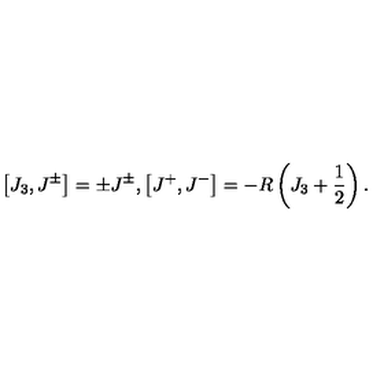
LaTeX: \left[ J _ { 3 } , J ^ { \pm } \right] = \pm J ^ { \pm } , \left[ J ^ { + } , J ^ { - } \right] = - R \left( J _ { 3 } + \frac { 1 } { 2 } \right) .